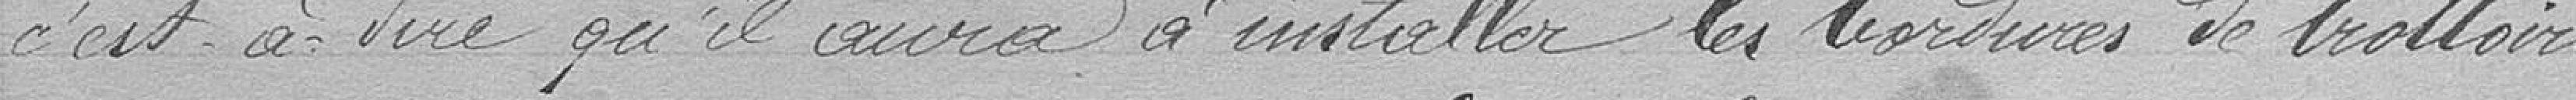
c'est-à-dire qu'il aura à installer les bordures de trottoirs,